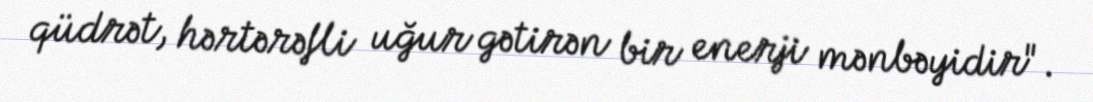
qüdrət, hərtərəfli uğur gətirən bir enerji mənbəyidir".